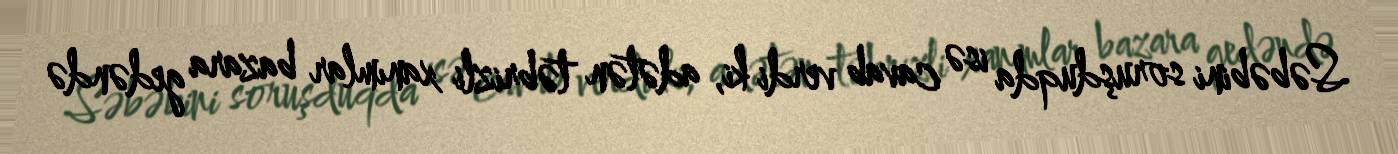
Səbəbini soruşduqda isə cavab verdi ki, adətən təbrizli xanımlar bazara gedəndə